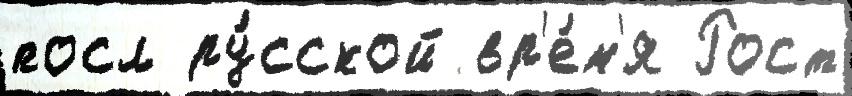
посл ру́сской вр'е́м'я Рост